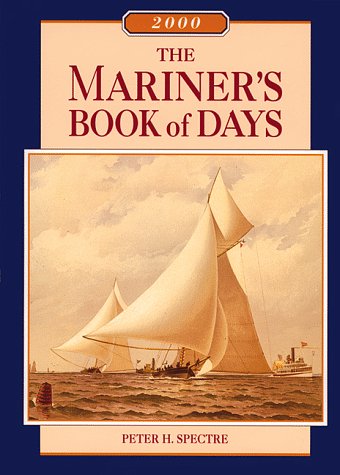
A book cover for The Mariner's Book of Days; Wooden Boat Magazine; Calendars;